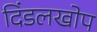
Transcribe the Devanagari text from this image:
दिंडलखोप